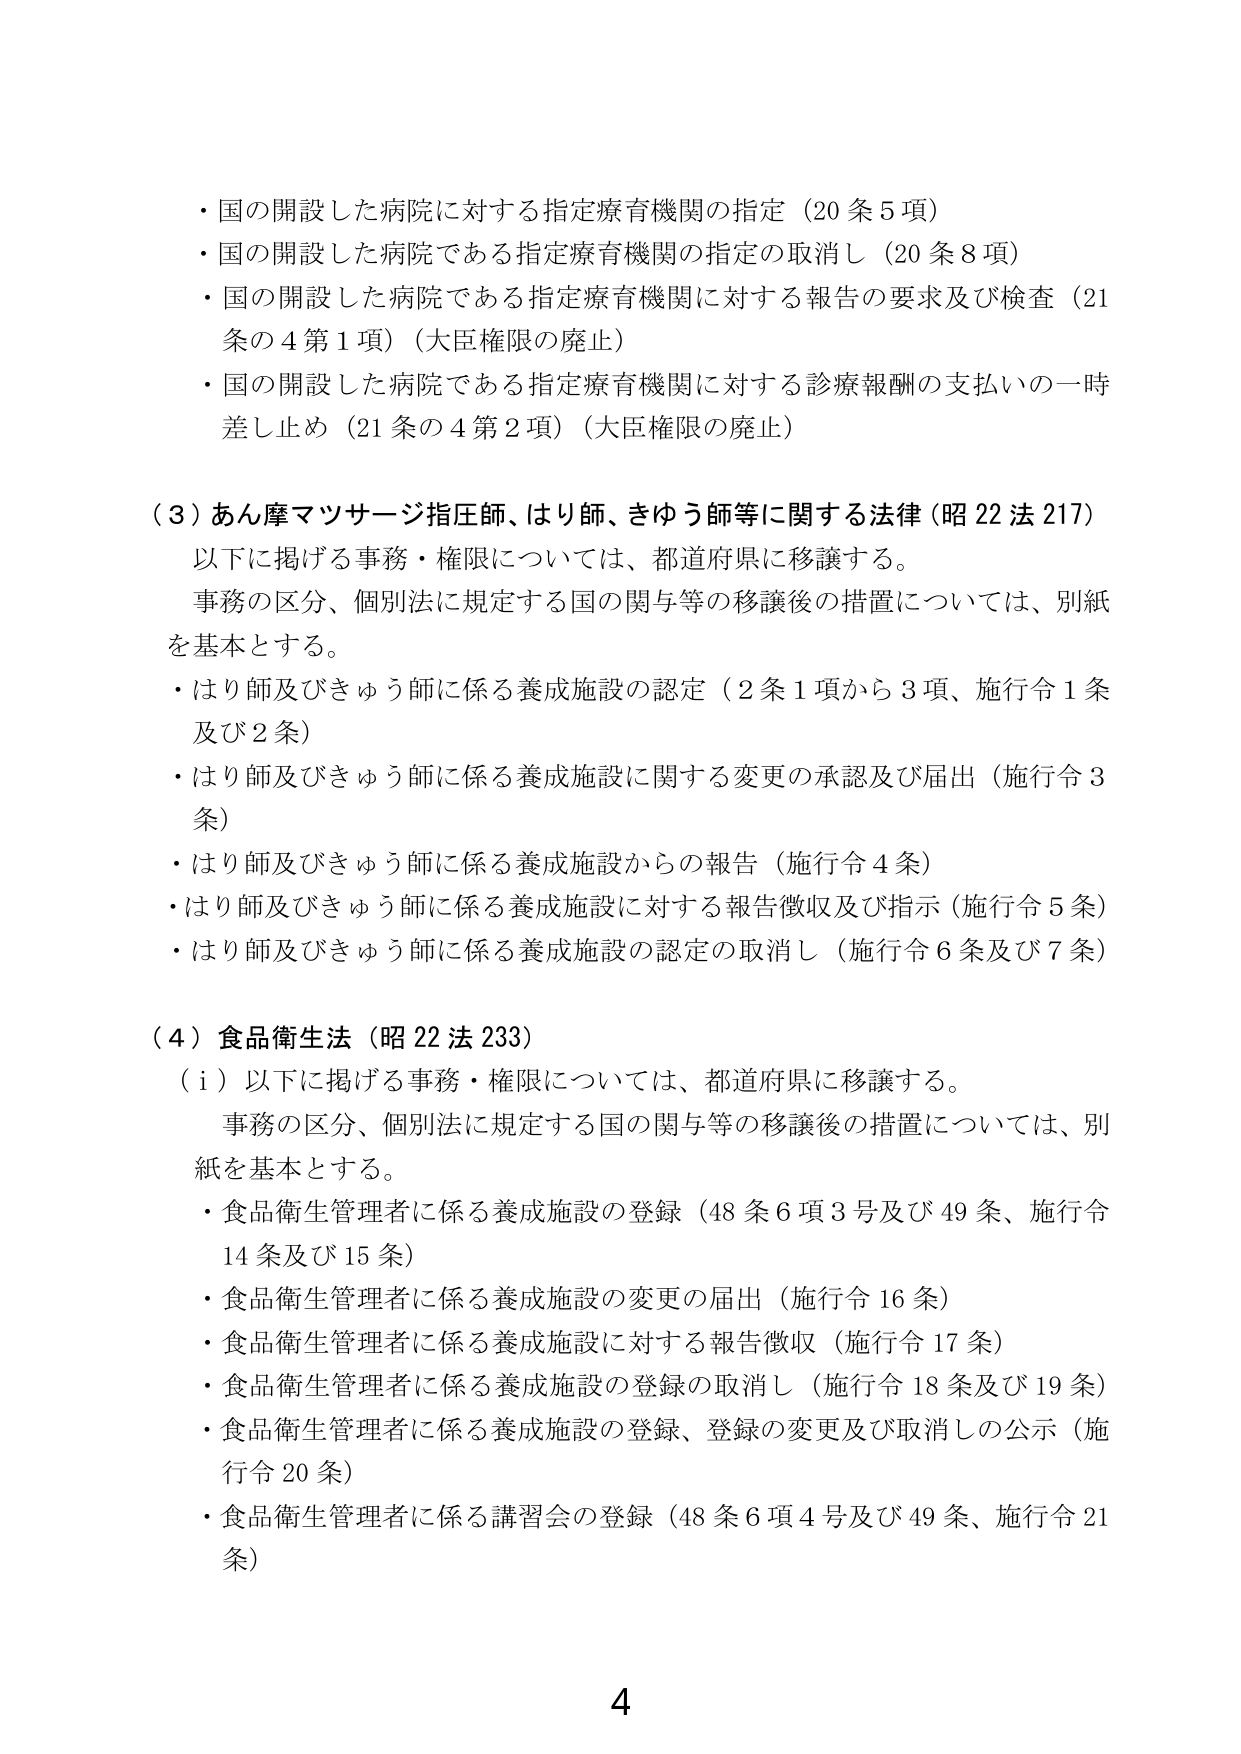
・国の開設した病院に対する指定療育機関の指定（20条5項）
・国の開設した病院である指定療育機関の指定の取消し（20条8項）
・国の開設した病院である指定療育機関に対する報告の要求及び検査（21条の4第1項）（大臣権限の廃止）
・国の開設した病院である指定療育機関に対する診療報酬の支払いの一時差し止め（21条の4第2項）（大臣権限の廃止）

（3）あん摩マツサージ指圧師、はり師、きゅう師等に関する法律（昭22法217）
　以下に掲げる事務・権限については、都道府県に移譲する。
　事務の区分、個別法に規定する国の関与等の移譲後の措置については、別紙を基本とする。
・はり師及びきゅう師に係る養成施設の認定（2条1項から3項、施行令1条及び2条）
・はり師及びきゅう師に係る養成施設に関する変更の承認及び届出（施行令3条）
・はり師及びきゅう師に係る養成施設からの報告（施行令4条）
・はり師及びきゅう師に係る養成施設に対する報告徴収及び指示（施行令5条）
・はり師及びきゅう師に係る養成施設の認定の取消し（施行令6条及び7条）

（4）食品衛生法（昭22法233）
（i）以下に掲げる事務・権限については、都道府県に移譲する。
　事務の区分、個別法に規定する国の関与等の移譲後の措置については、別紙を基本とする。
・食品衛生管理者に係る養成施設の登録（48条6項3号及び49条、施行令14条及び15条）
・食品衛生管理者に係る養成施設の変更の届出（施行令16条）
・食品衛生管理者に係る養成施設に対する報告徴収（施行令17条）
・食品衛生管理者に係る養成施設の登録の取消し（施行令18条及び19条）
・食品衛生管理者に係る養成施設の登録、登録の変更及び取消しの公示（施行令20条）
・食品衛生管理者に係る講習会の登録（48条6項4号及び49条、施行令21条）

4